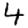
Digit: 4